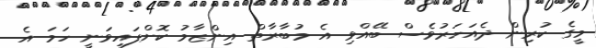
މީގެ ކުރިން ދެއަހަރުވެސް ބޭއްވި އެ މުބާރާތް އިންޒާމު ކޮށްފައިވަނީ ހަމަ އެ